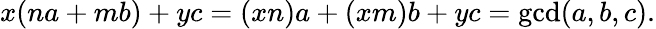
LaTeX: x(na+mb)+yc=(xn)a+(xm)b+yc=\operatorname*{gcd}(a,b,c).